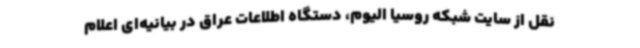
نقل از سایت شبکه روسیا الیوم، دستگاه اطلاعات عراق در بیانیه‌ای اعلام